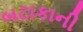
બટાકાની